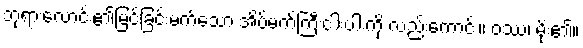
ဘုရားလောင်း၏မြင်ခြင်းမက်သော အိပ်မက်ကြီးငါးပါးကို လည်းကောင်း။ ဝဿ၊ မိုး၏။